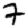
Digit: 7